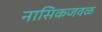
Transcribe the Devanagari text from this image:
नासिकजवळ